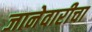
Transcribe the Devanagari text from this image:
जानेवारीचा